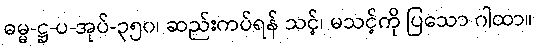
ဓမ္မ-ဋ္ဌ-ပ-အုပ်-၃၅၀၊ ဆည်းကပ်ရန် သင့်၊ မသင့်ကို ပြသော ဂါထာ။